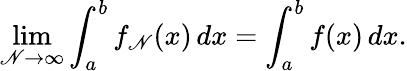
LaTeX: \operatorname*{lim}_{\mathscr{N}\to\infty}\int_{a}^{b}f_{\mathscr{N}}(x)\, dx=\int_{a}^{b}f(x)\, dx.